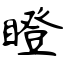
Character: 瞪